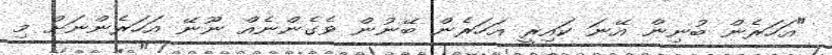
"އަހަރެން ބުނިން އޭނަ ކައިރީ އަހަރެން ބޭނުން ވެގެންނެއް ނޫނޭ އަހަރެންނަށް މި